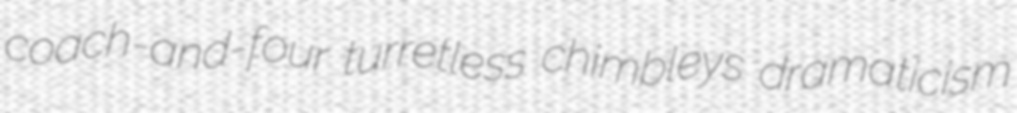
coach-and-four turretless chimbleys dramaticism